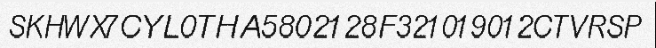
SKHWX7CYL0THA5802128F321019012CTVRSP